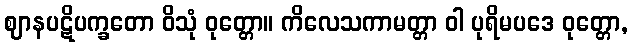
ဈာနပဋိပက္ခတော ဝိသုံ ဝုတ္တော။ ကိလေသကာမတ္တာ ဝါ ပုရိမပဒေ ဝုတ္တော,